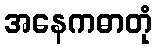
အနေကဓာတုံ